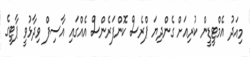
މިއަދު އެމްޓީޑީން ކުރިއަށް ގެންދިޔަ ޕްރެސް ކޮންފަރެންސް އެއްގައި އާސިފް ވިދާޅުވީ ޕާޓީގެ